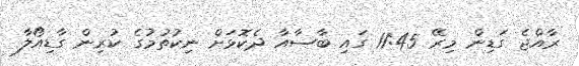
ރާއްޖެ ގަޑިން މިރޭ 11:45 ގައި ބާސާއާ ދެކޮޅަށް ނިކުތުމުގެ ކުރިން ގާޑިއޯލާ